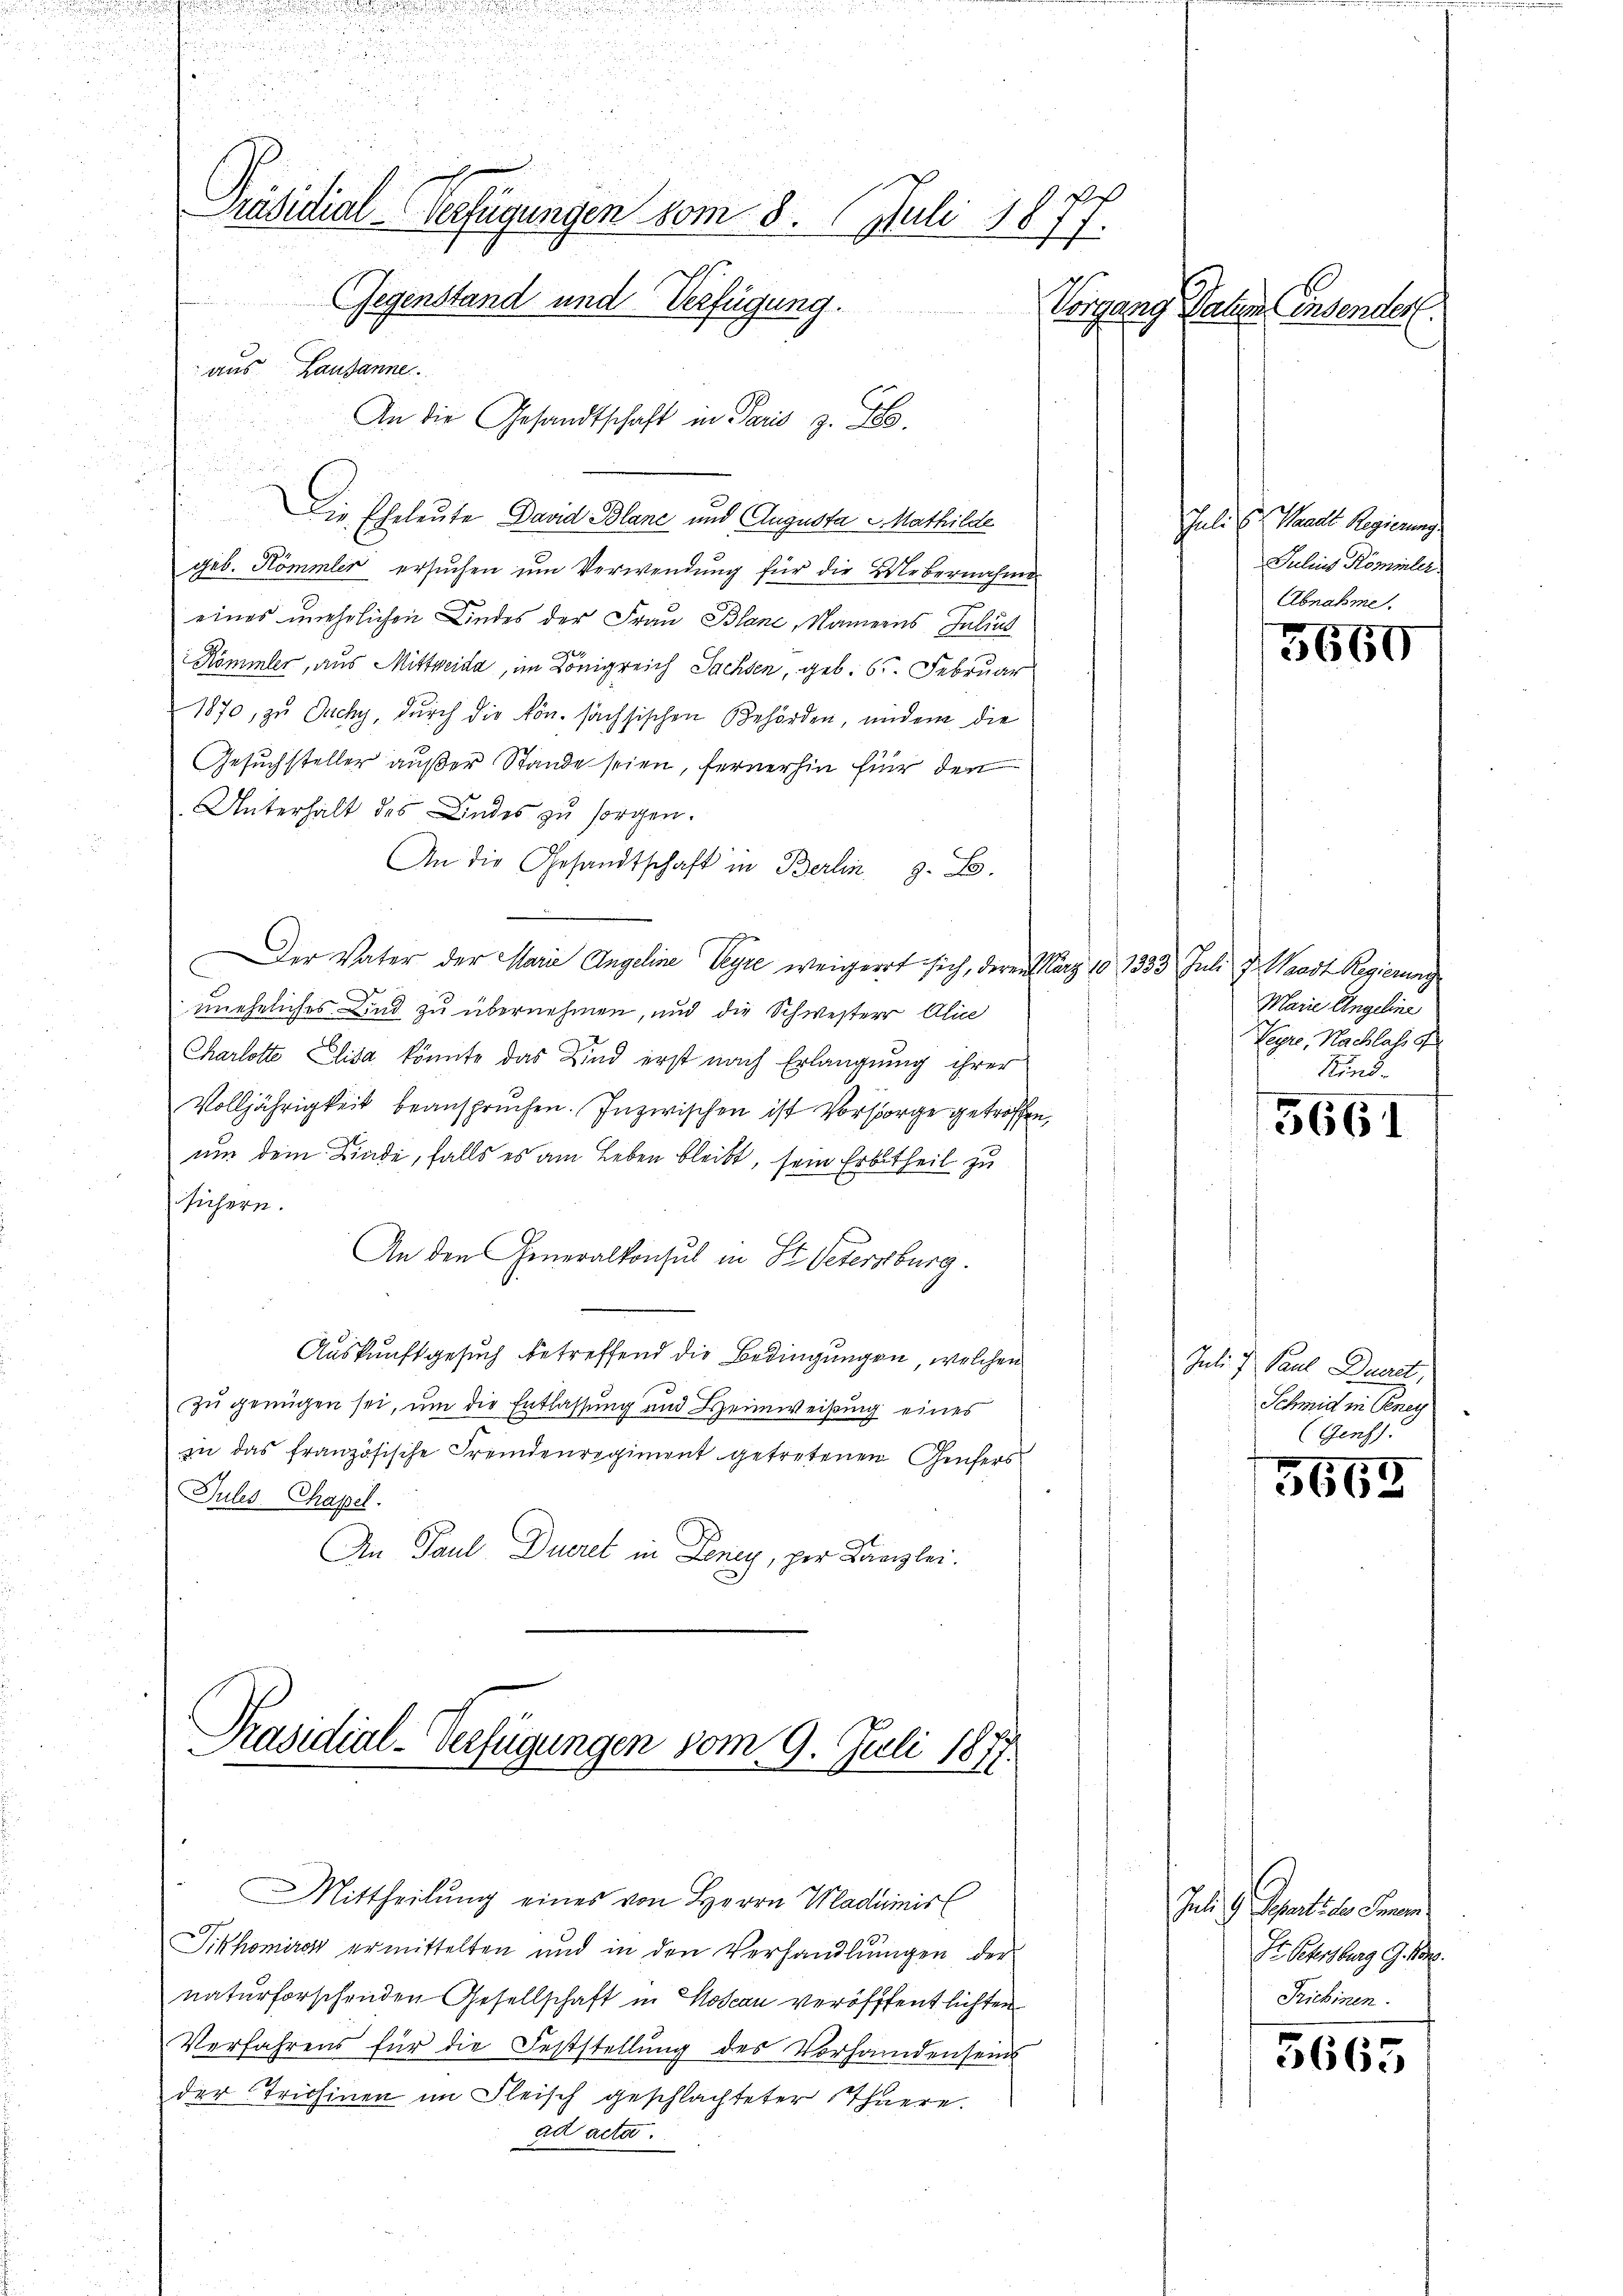
.
Präsidial-Verfügungen vom 8. Juli 1877.
Gegenstand und Verfügung.
Vorgang Jahren ensender
aus Lausanne

geb. Kömmler ersuchen um Verwendung für die Uebernahme
eines unehrlichen Kindes der Frau Blanc, Namens Julius
Kömmler, aus Mittweida, im Königreich Sachsen, geb. 65. Februar
1870, zu Duchy, durch die kön. sächsischen Behörden, und ein die
Gesuchsteller außer Stande seien, fernerhin für den
Unterhalt des Andes zu sorgen.
An die Gesandtschaft in Berlin, z. S.
Der Vater der Marie Angeline Beyre weigeret sich, deren März 10 1333 Juli J. Waadt Regierung
C
uneheliches Kind zu übernehmen, und die Schwesterr Alina
Charlotte Elisa könnte das Kind erst nach Erlangung ihrer
Volljährigkeit beanspruchen. Inzwischen ist Vorsorge getroffen,
um dem Linde, falls es am Leben bleibt, sein Erbtheil zu
führen.
An den Generalkonsul in St. Petersburg.
Auskunft gesuch betreffend die Bedingungen, welchen
zu genügen sei, um die Entlassung und Heimweisung eines
in das französische Fremdenregiment getretenen Genfers
Jules Chapel.
An Paul Dueret in Deney, per Kanzlei.

An die Gesandtschaft in Paris z. B.
Die Eheleute David Blane und Augusta u. Mathilde

Präsidial-Verfügungen vom 9. Juli 1877.
Mittheilung eines von Herrn Wladimis

Sikhomiren ermittelten und in den Verhandlŭngen der
naturforschenden Gesellschaft in Hoseau veröffentlichten
Verfahrens für die Feststellung des Vorhandenseins
der Trichinen im Fleisch geschlachteter Thuere.
ad acta.

Juli zu Pandte Regierung
Julius Römirler
Abnahme.

5660

Marie Angeline
Veyre, Nachlass of
Kind.

5661

Juli 7. Paul Druck,
Schmid in Geney
e

3668

Jud. G. Separticles Semi
St. Petersburg G. Kr.
Trichinen.

5665